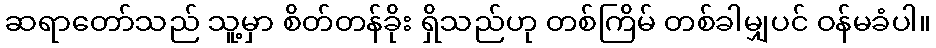
ဆရာတော်သည် သူ့မှာ စိတ်တန်ခိုး ရှိသည်ဟု တစ်ကြိမ် တစ်ခါမျှပင် ဝန်မခံပါ။